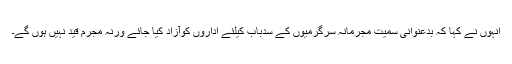
انہوں نے کہا کہ بدعنوانی سمیت مجرمانہ سرگرمیوں کے سدباب کیلئے اداروں کوآزاد کیا جائے ورنہ مجرم قید نہیں ہوں گے۔